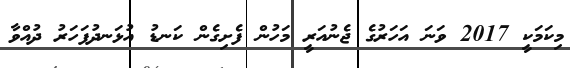
މިކަމަކީ 2017 ވަނަ އަހަރުގެ ޖެނުއަރީ މަހުން ފެށިގެން ކަނޑު އުޅަނދުފަހަރު ދުއްވާ